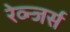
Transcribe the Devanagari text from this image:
रेव्न्जर्स